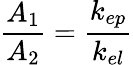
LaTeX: \frac{A_{1}}{A_{2}}=\frac{k_{ep}}{k_{el}}